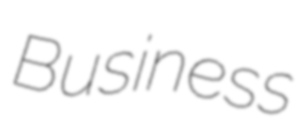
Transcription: Business